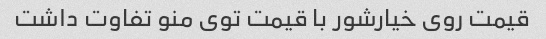
قیمت روی خیارشور با قیمت توی منو تفاوت داشت